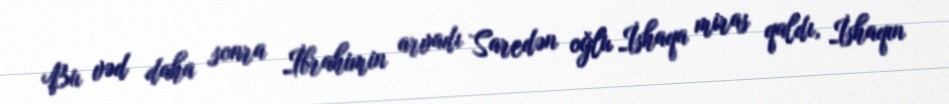
Bu vəd daha sonra İbrahimin arvadı Saredən oğlu İshaqa miras qaldı, İshaqın